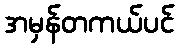
အမှန်တကယ်ပင်